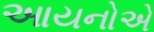
આયનોએ